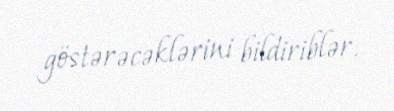
göstərəcəklərini bildiriblər.